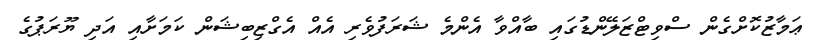
ޢަމާޒުކޮށްގެން ސްވިޓްޒަލޭންޑުގައި ބާއްވާ އެންމެ ޝަރަފުވެރި އެއް އެގްޒިބިޝަން ކަމަށާއި އަދި ޔޫރަޕުގެ